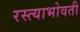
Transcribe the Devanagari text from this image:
रस्त्याभोवती